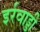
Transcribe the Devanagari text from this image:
इर्रवाड्डी